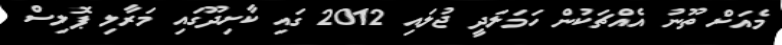
މެއަށް ތޫނު އެއްޗަކުން ހަމަލަދީ ޖުލައި 2012 ގައި ކާށިދޫގައި މަރާލި ޕޮލިސް